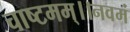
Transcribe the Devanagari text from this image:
चाष्टमम्।।नवमं